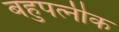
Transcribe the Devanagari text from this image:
बहुपत्‍नीक